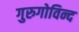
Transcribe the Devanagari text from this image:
गुरुगोविन्द